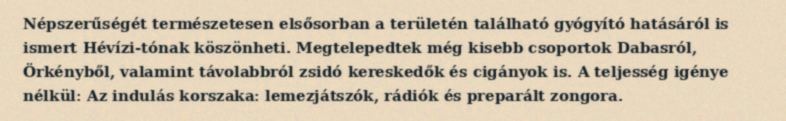
Népszerűségét természetesen elsősorban a területén található gyógyító hatásáról is ismert Hévízi-tónak köszönheti. Megtelepedtek még kisebb csoportok Dabasról, Örkényből, valamint távolabbról zsidó kereskedők és cigányok is. A teljesség igénye nélkül: Az indulás korszaka: lemezjátszók, rádiók és preparált zongora.